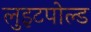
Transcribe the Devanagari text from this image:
लुइटपोल्ड